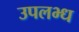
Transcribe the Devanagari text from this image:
उपलभ्ध